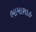
ભામાશાહ